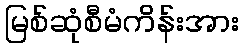
မြစ်ဆုံစီမံကိန်းအား